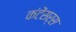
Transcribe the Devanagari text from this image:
कंटेंसर्स